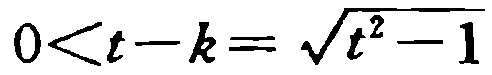
\(0<t - k=\sqrt{t^{2}-1}\)